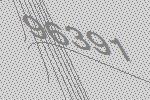
96391